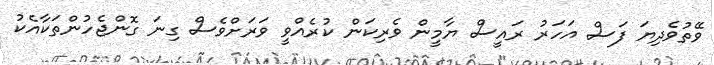
ވޭތުވެދިޔަ ފަސް އަހަރު ރައީސް ޔާމީން ވެރިކަން ކުރެއްވީ ވަރަށްވެސް ގިނަ ގޮންޖެހުންތަކާއެކު